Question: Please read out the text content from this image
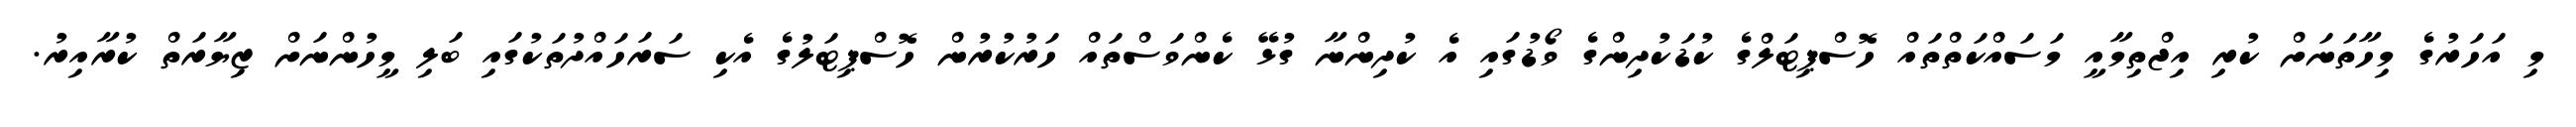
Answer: މި އަހަރުގެ މިހާތަނަށް ކުރި އިޖްތިމާއީ މަސައްކަތްތައް ހޮސްޕިޓަލްގެ ކުޑަކުދިންގެ ވޯޑުގައި އެ ކުދިންނާ ގުޅޭ ކެންވަސްތައް ހަރުކުރުން ހޮސްޕިޓަލުގެ އެކި ސަރަހައްދުތަކުގައި ބަލި މީހުންނަށް ޒިޔާރަތް ކުރާއިރު.